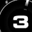
Digit: 3